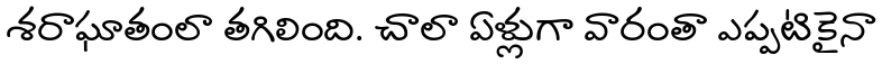
శరాఘాతంలా తగిలింది. చాలా ఏళ్లుగా వారంతా ఎప్పటికైనా